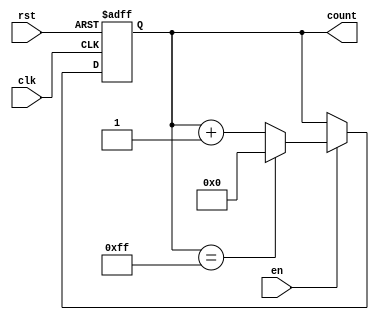
module memory_blocks_incremental_counter (
    input wire clk,     // Primary clock input
    input wire rst,     // Asynchronous reset signal
    input wire en,      // Enable signal for incrementing
    output reg [7:0] count // Counter value (8-bit wide)
);

    // Define maximum value for the counter (255 for 8-bit counter)
    localparam MAX_COUNT = 8'hFF;

    // Asynchronous reset and increment logic
    always @(posedge clk or posedge rst) begin
        if (rst) begin
            // Reset the counter to 0
            count <= 8'b0;
        end else if (en) begin
            // Increment the counter, wrap around on overflow
            if (count == MAX_COUNT) begin
                count <= 8'b0; // Wrap around
            end else begin
                count <= count + 1'b1; // Increment
            end
        end
        // If neither reset nor enable are asserted, retain the current value
    end

endmodule